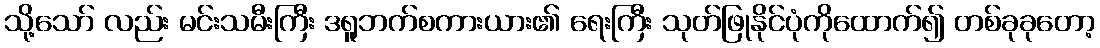
သို့သော် လည်း မင်းသမီးကြီး ဒရူဘက်စကားယား၏ ရေးကြီး သုတ်ဖြုနိုင်ပုံကိုထောက်၍ တစ်ခုခုတော့